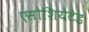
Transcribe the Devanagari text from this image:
एसोशियेटेड